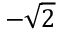
- { \sqrt { 2 } }